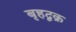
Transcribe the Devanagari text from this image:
बृहद्वक्र